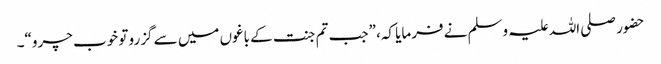
حضور صلی اللہ علیہ وسلم نے فرمایا کہ، ”جب تم جنت کے باغوں میں سے گزرو تو خوب چرو“۔